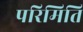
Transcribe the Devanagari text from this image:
परिमिति